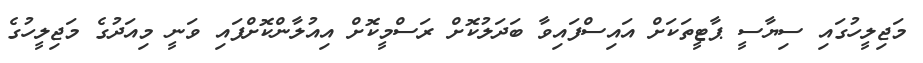
މަޖިލީހުގައި ސިޔާސީ ޕާޓީތަކަށް އައިސްފައިވާ ބަދަލުކޮށް ރަސްމީކޮށް އިއުލާންކޮށްފައި ވަނީ މިއަދުގެ މަޖިލީހުގެ